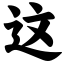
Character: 这